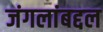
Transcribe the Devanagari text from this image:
जंगलांबद्दल